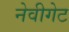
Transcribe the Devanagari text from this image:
नेवीगेट